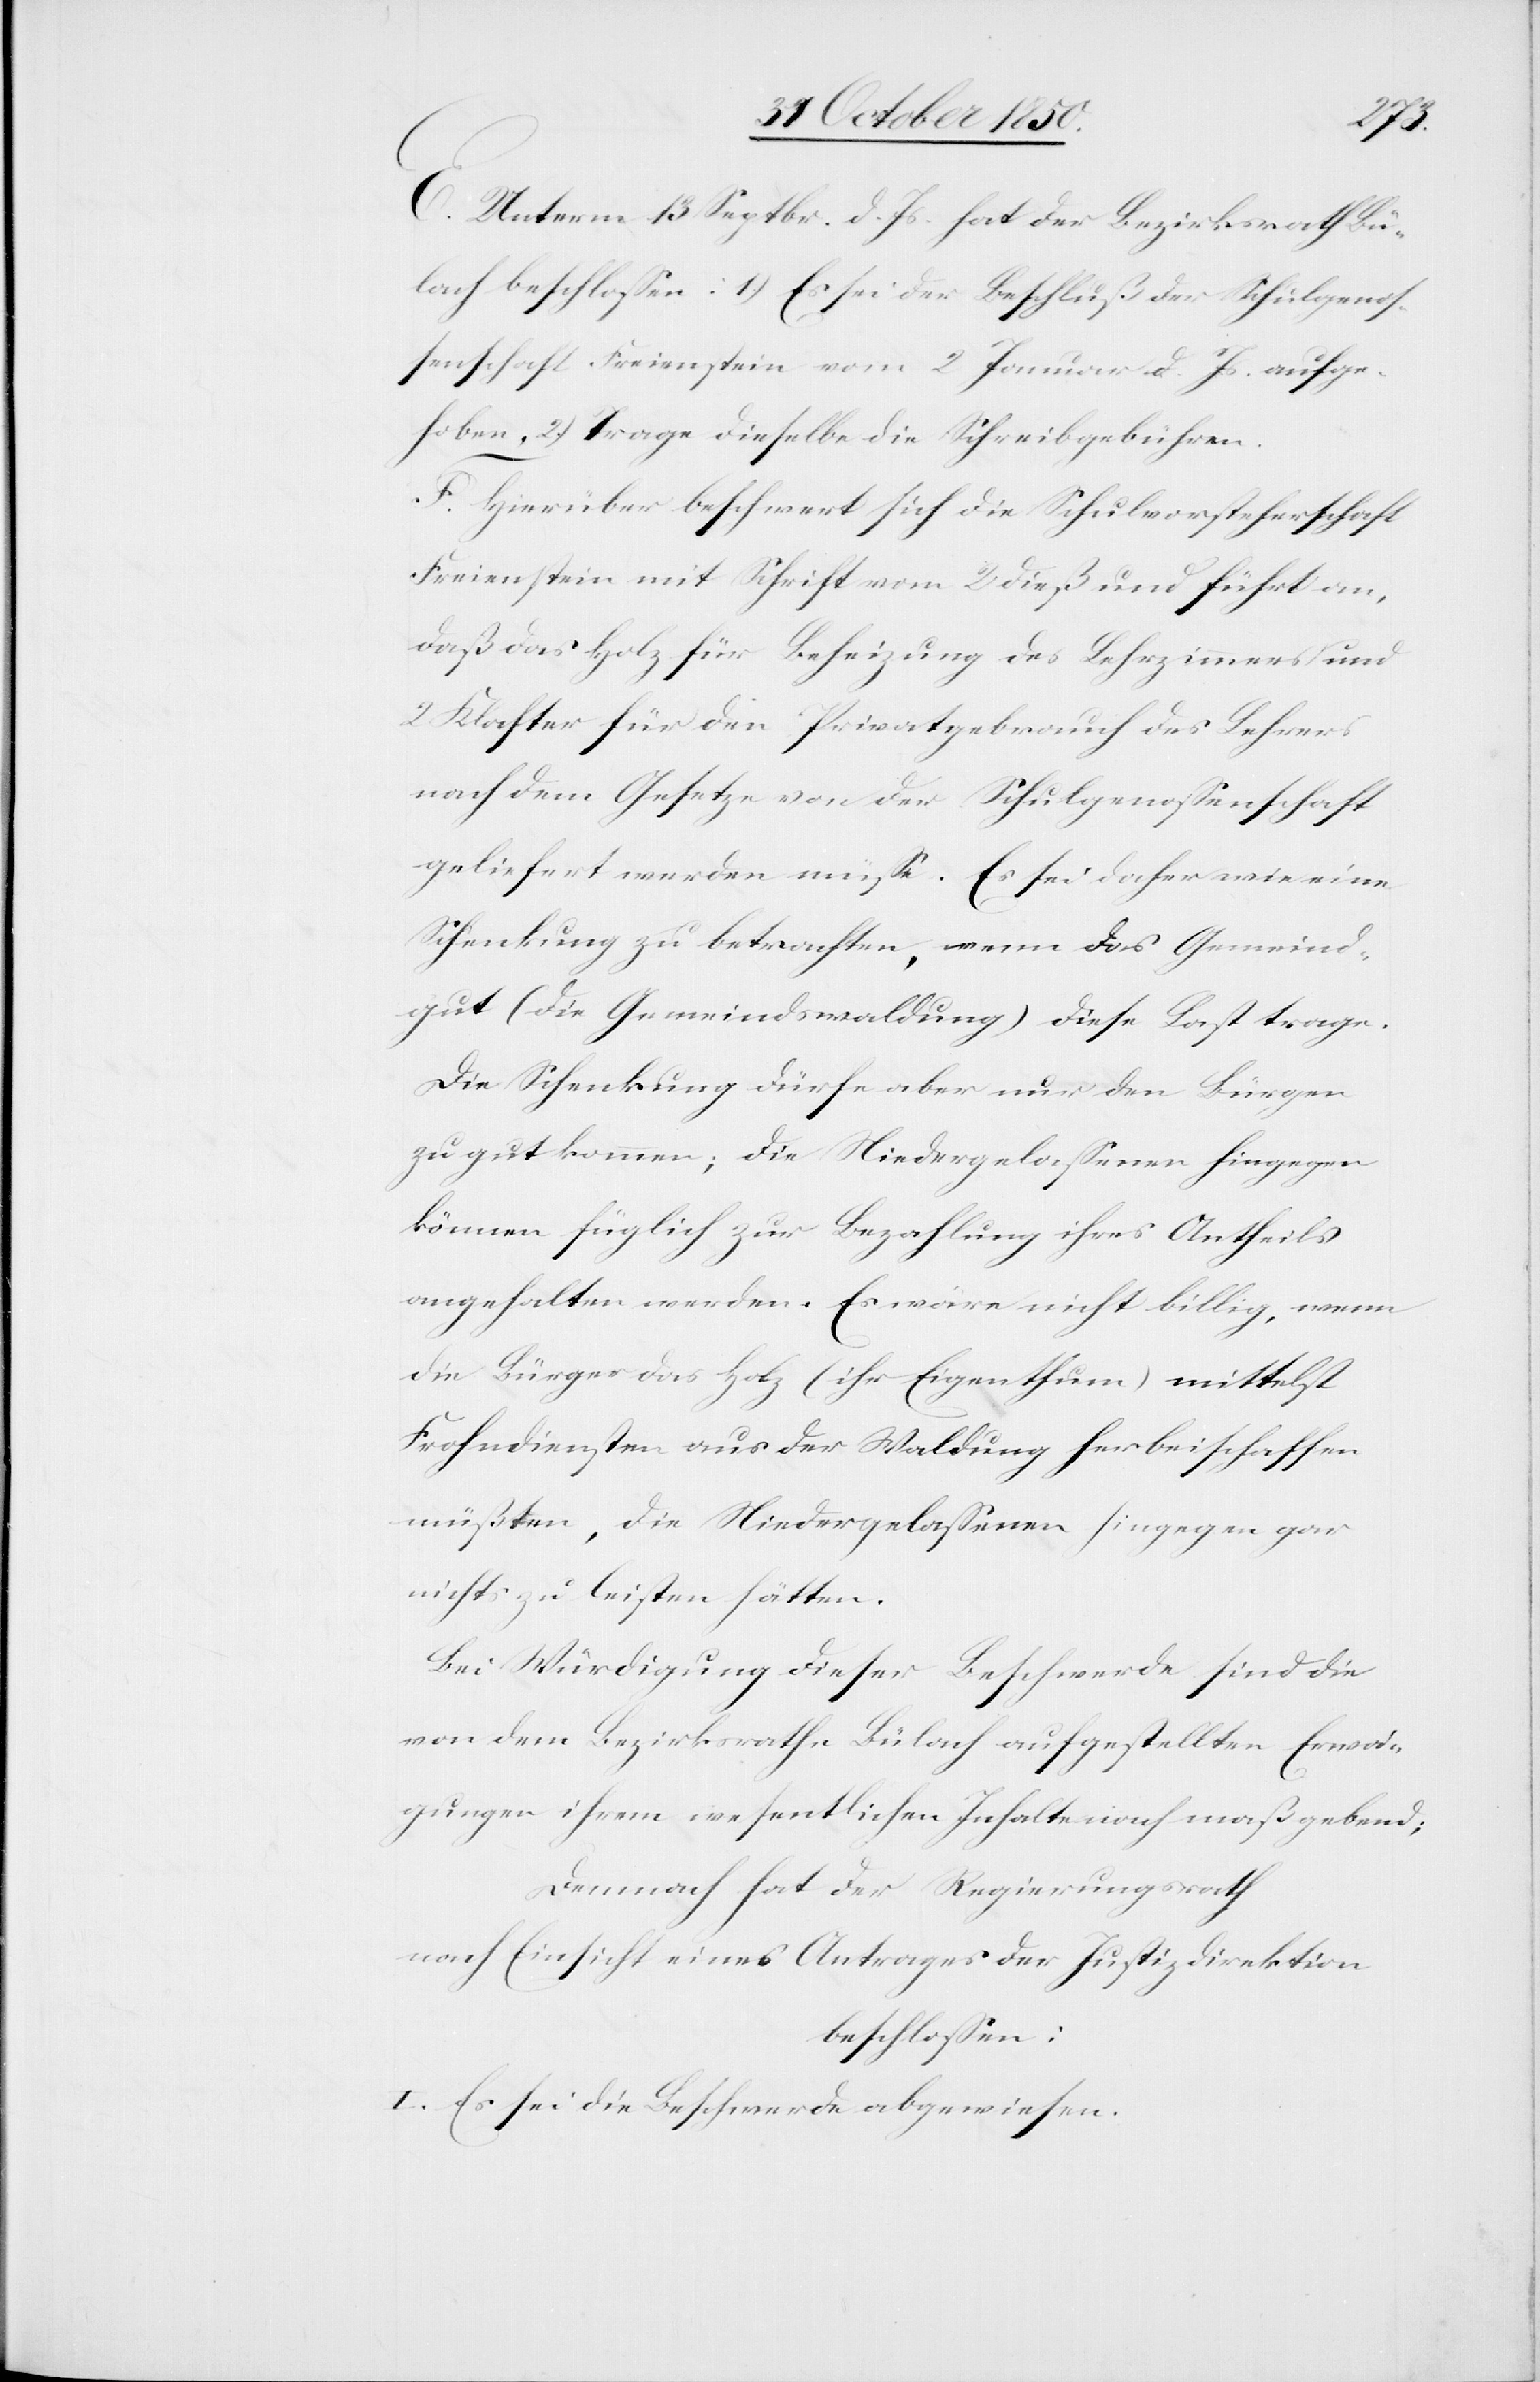
E. Unterm 13 Septbr. d. Js. hat der Bezirksrath Bü¬
lach beschlossen: 1.) Es sei der Beschluß der Schulgenos¬
senschaft Freienstein vom 2 Januar d. Js. aufge¬
hoben, 2) Trage dieselbe die Schreibgebühren.
F. Hierüber beschwert sich die Schulvorsteherschaft
Freienstein mit Schrift vom 2 dieß und führt an,
daß das Holz für Beheizung des Lehrzimmers und
2 Klafter für den Privatgebrauch des Lehrers
nach dem Gesetze von der Schulgenossenschaft
geliefert werden müsse. Es sei daher wie eine
Schenkung zu betrachten, wenn das Gemeind¬
gut (die Gemeindswaldung) diese Last trage.
Die Schenkung dürfe aber nur den Bürge[r]n
zu gut kommen; die Niedergelassenen hingegen
können füglich zur Bezahlung ihres Antheils
angehalten werden. Es wäre nicht billig, wenn
die Bürger das Holz (ihr Eigenthum) mittelst
Frohndiensten aus der Waldung herbeischaffen
müßten, die Niedergelassenen hingegen gar
nichts zu leisten hätten.
Bei Würdigung dieser Beschwerde sind die
von dem Bezirksrathe Bülach aufgestellten Erwä¬
gungen ihrem wesentlichen Inhalte nach maßgebend;
Demnach hat der Regierungsrath
nach Einsicht eines Antrages der Justizdirektion
beschlossen:
I. Es sei die Beschwerde abgewiesen.